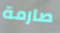
صارمة